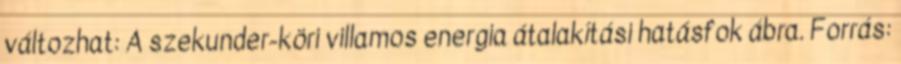
változhat: A szekunder-köri villamos energia átalakítási hatásfok ábra. Forrás: